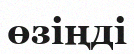
өзіңді